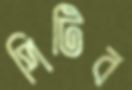
পিটিব